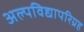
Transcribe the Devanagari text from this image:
अल्पविद्यापरिग्रह